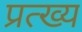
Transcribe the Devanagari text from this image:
प्रत्ख्य